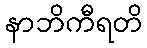
နာဘိကီရတိ